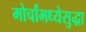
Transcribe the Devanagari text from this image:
मोर्चांमध्येसुद्धा